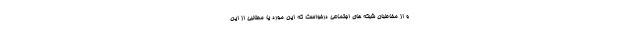
و از مخاطبان شبکه های اجتماعی درخواست که این مورد یا مطالبی از این